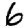
Digit: 6